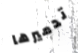
تدميرها